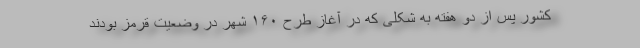
کشور پس از دو هفته به شکلی که در آغاز طرح ۱۶۰ شهر در وضعیت قرمز بودند